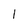
Character: 1